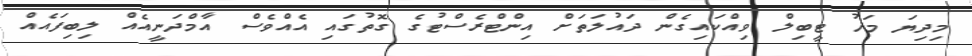
މިދިޔަ މަހު ޓީބިލް ވިއްކައިގެން ދައުލަތަށް އިންޓްރެސްޓުގެ ގޮތުގައި އެއްވެސް އާމްދަނީއެއް ލިބިފައެއް